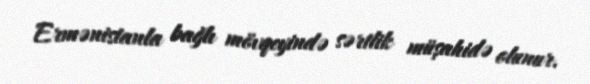
Ermənistanla bağlı mövqeyində sərtlik müşahidə olunur.